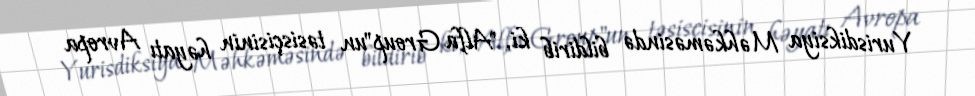
Yurisdiksiya Məhkəməsində bildirib ki, "Alfa Group"un təsisçisinin həyatı Avropa